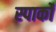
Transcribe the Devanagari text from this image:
स्पार्को